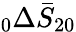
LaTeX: \phantom{}_{0}\Delta\bar{S}_{20}